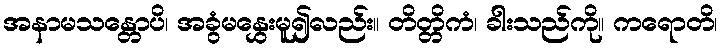
အနာမသန္တောပိ၊ အခွံမနွှေးမူ၍လည်း။ တိတ္တိကံ၊ ခါးသည်ကို။ ကရောတိ၊